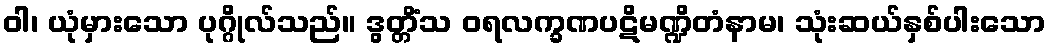
ဝါ၊ ယုံမှားသော ပုဂ္ဂိုလ်သည်။ ဒွတ္တိံသ ဝရလက္ခဏပဋိမဏ္ဍိတံနာမ၊ သုံးဆယ်နှစ်ပါးသော